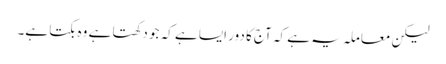
لیکن معاملہ یہ ہے کہ آج کا دور ایسا ہے کہ جو دکھتا ہے وہ بکتا ہے۔